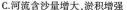
C.河流含沙量增大，淤积增强